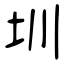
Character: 圳